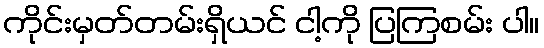
ကိုင်းမှတ်တမ်းရှိယင် ငါ့ကို ပြကြစမ်း ပါ။